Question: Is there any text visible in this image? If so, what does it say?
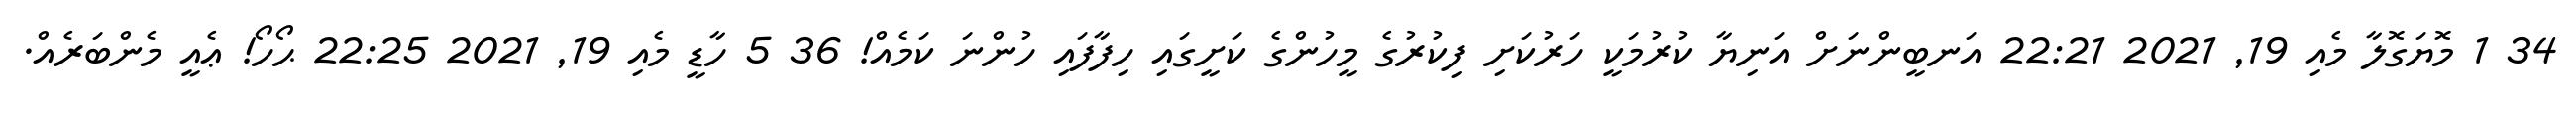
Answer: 34 1 މޮޔަގޮލާ މެއި 19, 2021 22:21 އަނބީންނަށް އަނިޔާ ކުރުމަކީ ހަރުކަށި ފިކުރުގެ މީހުންގެ ކަށީގައި ހިފާފައި ހުންނަ ކަމެއް! 36 5 ހާޑީ މެއި 19, 2021 22:25 ޙޯހޯ! ޢެއީ މެންބަރެއް.